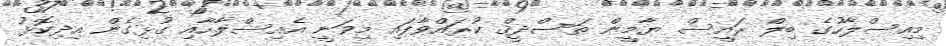
މިއިސްލާހުގެ ބިލް ރައީސް ޔާމީން ތަސްދީޤް ކުރައްވާފައި މިވަނީ އެއިސްލާހާއި ގުޅިގެން އިދިކޮޅު